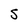
Character: 5